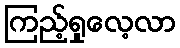
ကြည့်ရှုလေ့လာ